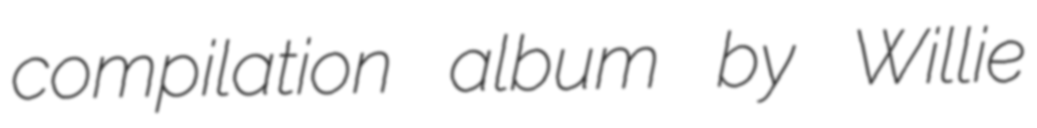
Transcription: compilation album by Willie